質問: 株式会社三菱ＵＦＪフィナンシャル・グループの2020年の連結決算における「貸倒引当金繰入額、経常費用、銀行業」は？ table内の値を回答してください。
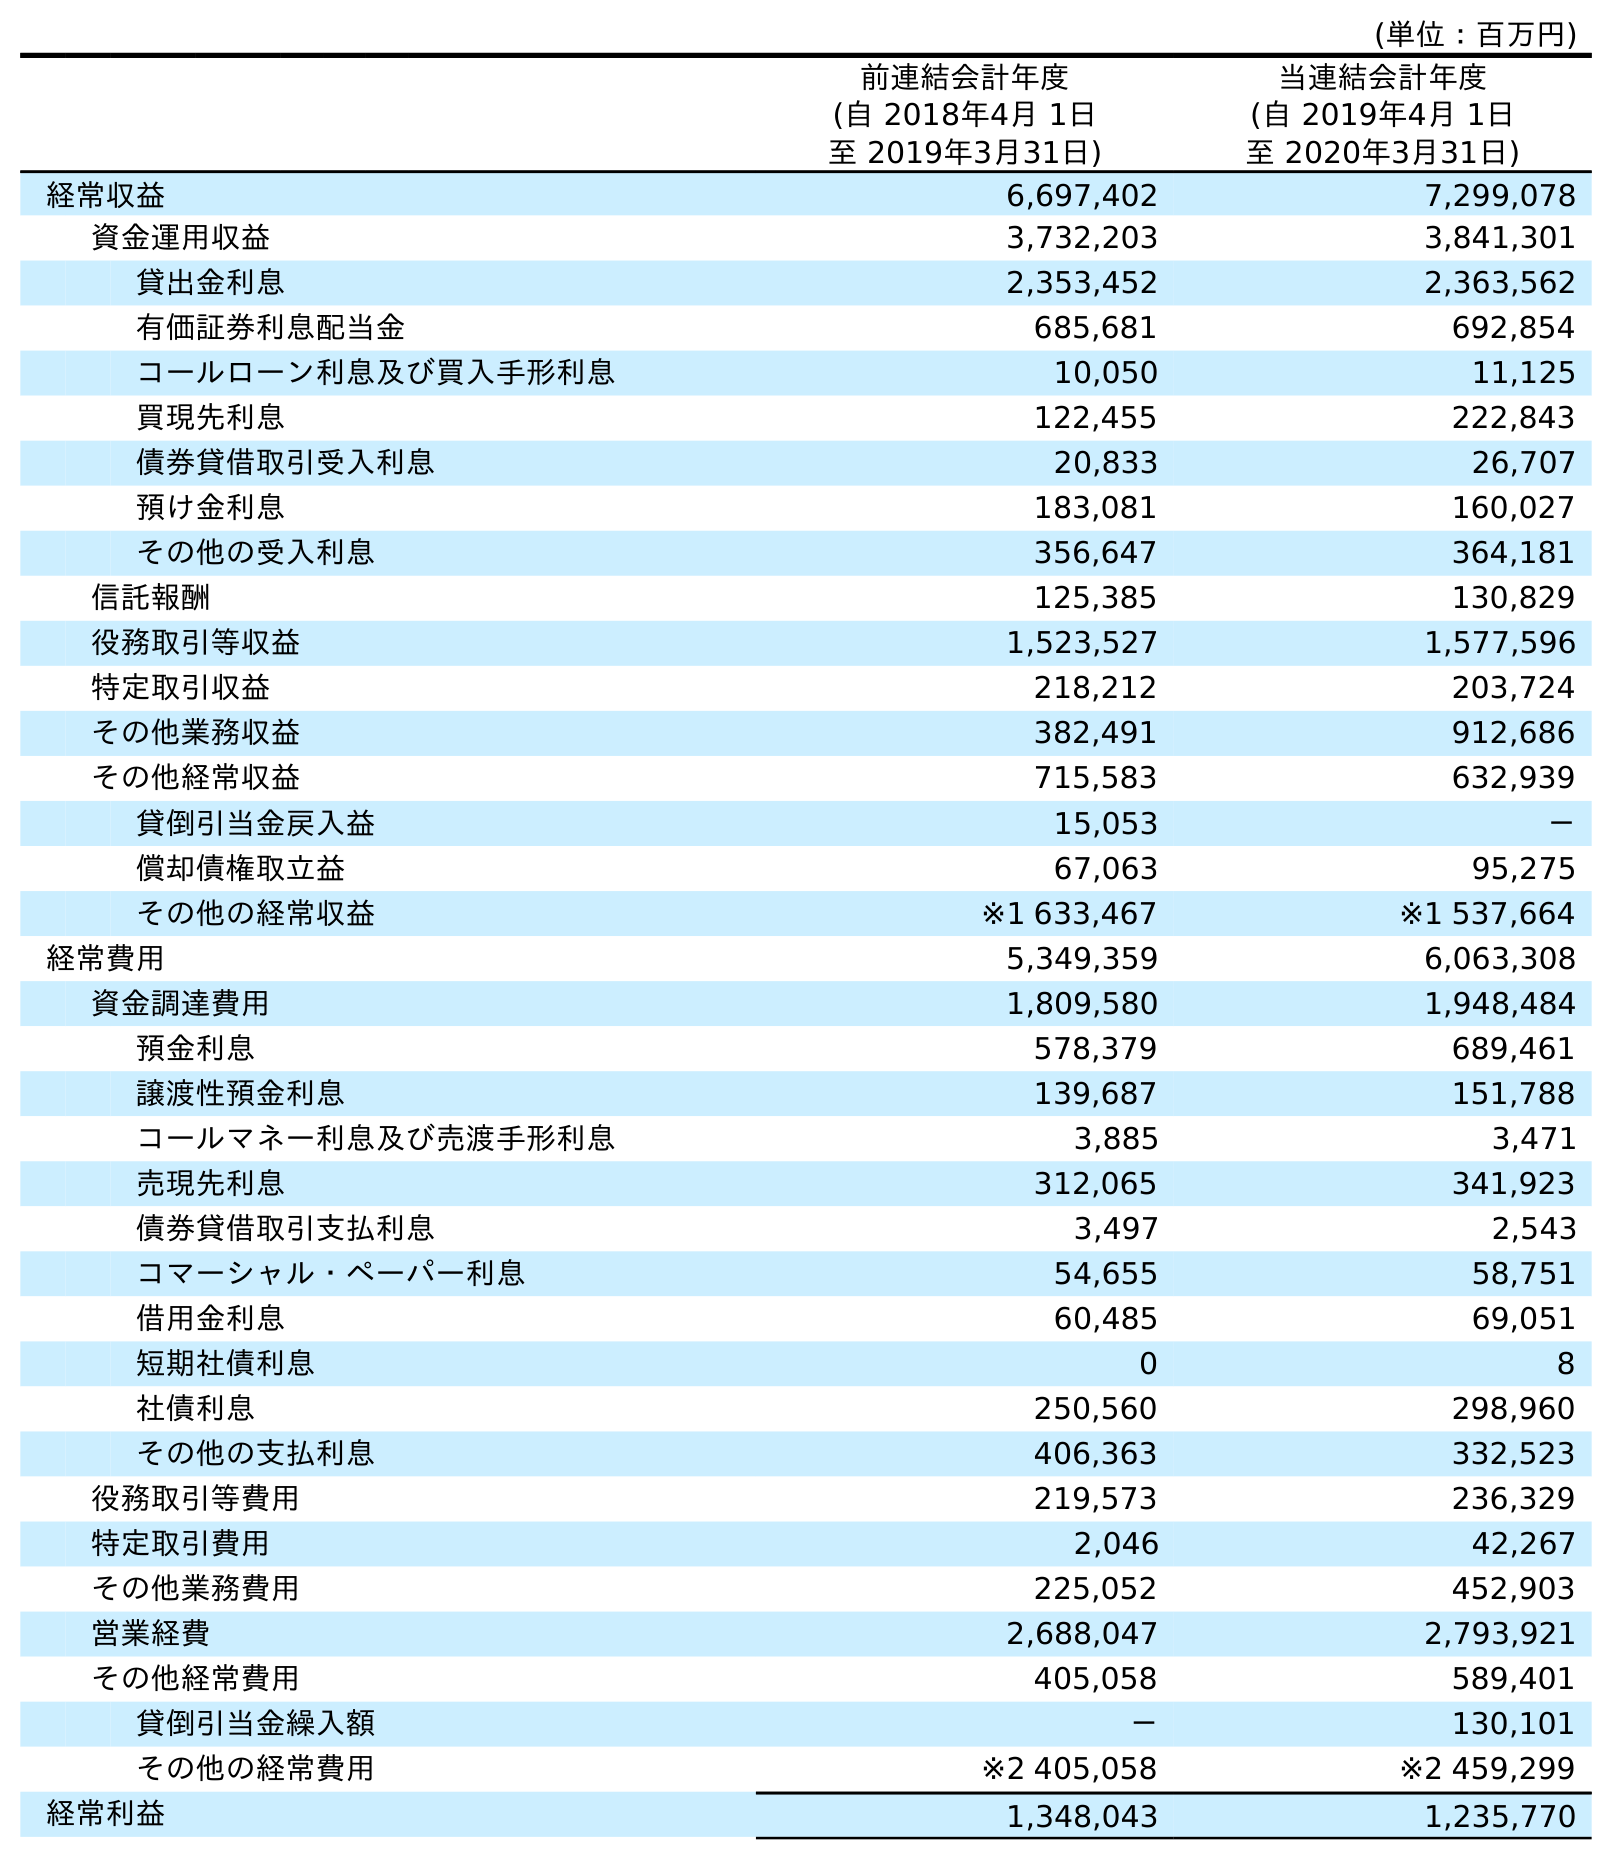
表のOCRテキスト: (単位：百万円) 前連結会計年度 (自 2018年4月 1日 至 2019年3月31日) 当連結会計年度 (自 2019年4月 1日 至 2020年3月31日) 経常収益 6,697,402 7,299,078 資金運用収益 3,732,203 3,841,301 貸出金利息 2,353,452 2,363,562 有価証券利息配当金 685,681 692,854 コールローン利息及び買入手形利息 10,050 11,125 買現先利息 122,455 222,843 債券貸借取引受入利息 20,833 26,707 預け金利息 183,081 160,027 その他の受入利息 356,647 364,181 信託報酬 125,385 130,829 役務取引等収益 1,523,527 1,577,596 特定取引収益 218,212 203,724 その他業務収益 382,491 912,686 その他経常収益 715,583 632,939 貸倒引当金戻入益 15,053 － 償却債権取立益 67,063 95,275 その他の経常収益 ※1 633,467 ※1 537,664 経常費用 5,349,359 6,063,308 資金調達費用 1,809,580 1,948,484 預金利息 578,379 689,461 譲渡性預金利息 139,687 151,788 コールマネー利息及び売渡手形利息 3,885 3,471 売現先利息 312,065 341,923 債券貸借取引支払利息 3,497 2,543 コマーシャル・ペーパー利息 54,655 58,751 借用金利息 60,485 69,051 短期社債利息 0 8 社債利息 250,560 298,960 その他の支払利息 406,363 332,523 役務取引等費用 219,573 236,329 特定取引費用 2,046 42,267 その他業務費用 225,052 452,903 営業経費 2,688,047 2,793,921 その他経常費用 405,058 589,401 貸倒引当金繰入額 － 130,101 その他の経常費用 ※2 405,058 ※2 459,299 経常利益 1,348,043 1,235,770
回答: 130,101